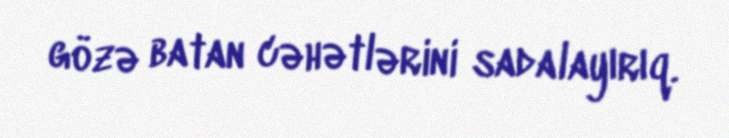
gözə batan cəhətlərini sadalayırıq.